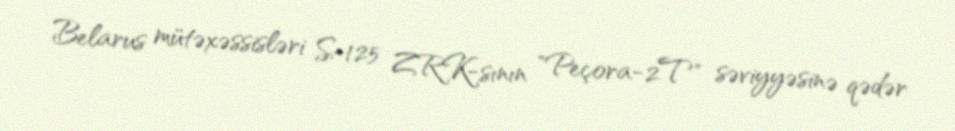
Belarus mütəxəssisləri S-125 ZRK-sının "Peçora-2T" səviyyəsinə qədər